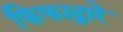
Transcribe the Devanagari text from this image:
फिफाद्वारे